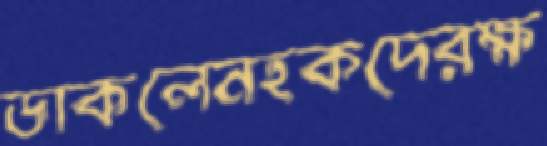
ডাকলেনহকদেরক্ষ